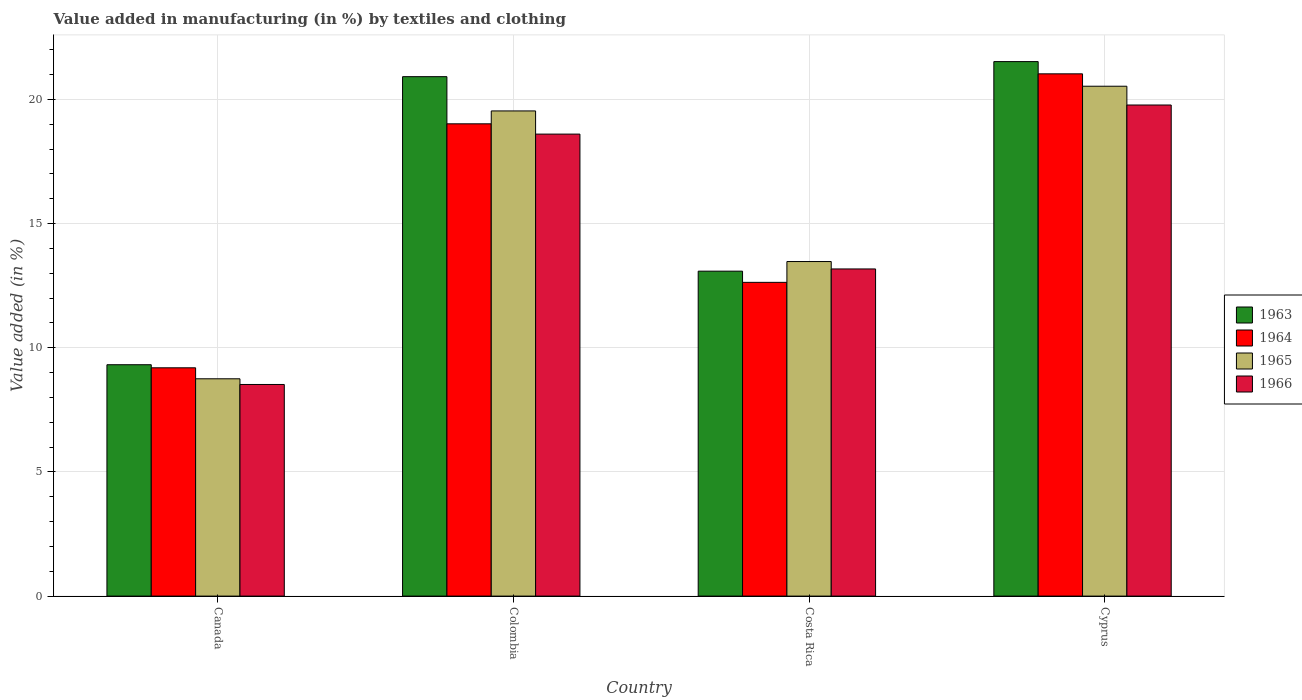
| Country | 1963 | 1964 | 1965 | 1966 |
 | --- | --- | --- | --- | --- |
 | Canada | 9.32 | 9.19 | 8.75 | 8.52 |
 | Colombia | 20.9 | 19 | 19.5 | 18.6 |
 | Costa Rica | 13.1 | 12.6 | 13.5 | 13.2 |
 | Cyprus | 21.5 | 21 | 20.5 | 19.8 |